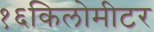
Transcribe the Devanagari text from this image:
१६किलोमीटर